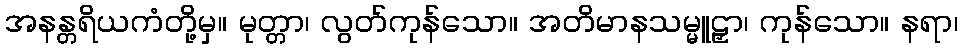
အနန္တရိယကံတို့မှ။ မုတ္တာ၊ လွတ်ကုန်သော။ အတိမာနသမ္မူဠှာ၊ ကုန်သော။ နရာ၊